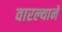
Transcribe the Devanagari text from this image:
वारल्याने